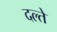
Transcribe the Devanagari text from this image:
दल्ते